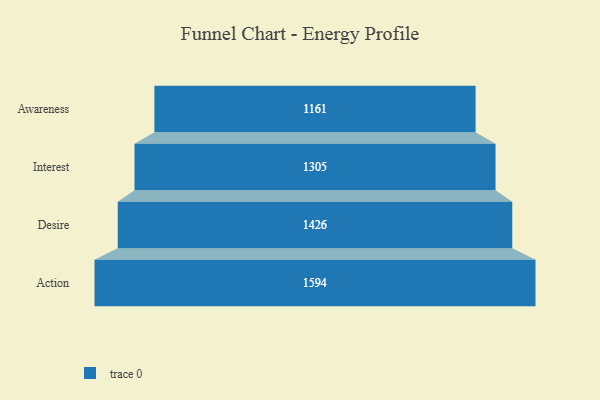
{"axis": {"x": "Stage", "y": "Value"}, "legend": [""], "data": [{"x": "Awareness", "y": 1161.0, "type": ""}, {"x": "Interest", "y": 1305.0, "type": ""}, {"x": "Desire", "y": 1426.0, "type": ""}, {"x": "Action", "y": 1594.0, "type": ""}]}